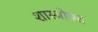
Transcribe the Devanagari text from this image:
शास्‍त्रोक्‍त